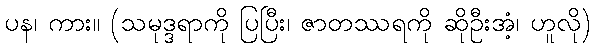
ပန၊ ကား။ (သမုဒ္ဒရာကို ပြပြီး၊ ဇာတဿရကို ဆိုဦးအံ့၊ ဟူလို)